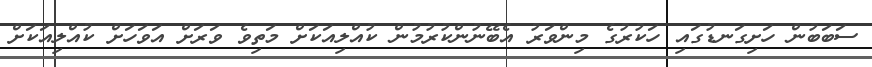
ސަބަބުން ހަށިގަނޑުގައި ހަކުރުގެ މިންވަރު އެބޭނުންކުރުމުން ކުއްލިއަކަށް މަތިވެ ވަރަށް އަވަހަށް ކުއްލިއަކަށް